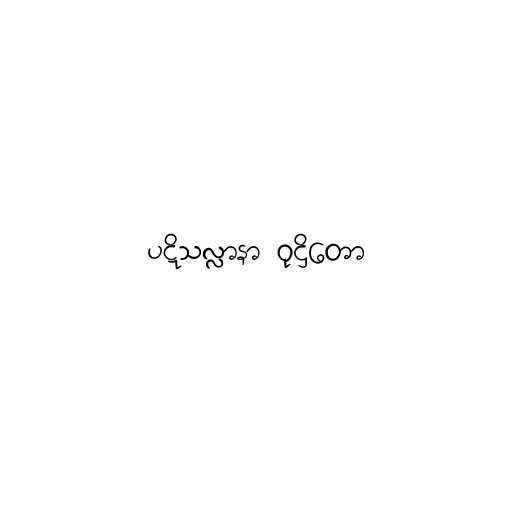
ပဋိသလ္လာနာ ဝုဋ္ဌိတော